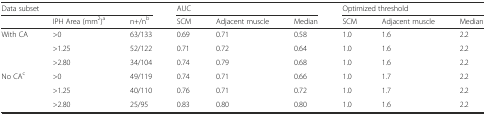
<table><thead><tr><td colspan="3"><b>Data subset</b></td><td colspan="3"><b>AUC</b></td><td colspan="3"><b>Optimized threshold</b></td></tr><tr><td></td><td><b>IPH Area (mm<sup>2</sup>)<sup>a</sup></b></td><td><b>n+/n<sup>b</sup></b></td><td><b>SCM</b></td><td><b>Adjacent muscle</b></td><td><b>Median</b></td><td><b>SCM</b></td><td><b>Adjacent muscle</b></td><td><b>Median</b></td></tr></thead><tbody><tr><td rowspan="3">With CA</td><td>&gt;0</td><td>63/133</td><td>0.69</td><td>0.71</td><td>0.58</td><td>1.0</td><td>1.6</td><td>2.2</td></tr><tr><td>&gt;1.25</td><td>52/122</td><td>0.71</td><td>0.72</td><td>0.64</td><td>1.0</td><td>1.6</td><td>2.2</td></tr><tr><td>&gt;2.80</td><td>34/104</td><td>0.74</td><td>0.79</td><td>0.68</td><td>1.0</td><td>1.6</td><td>2.2</td></tr><tr><td rowspan="3">No CA<sup>c</sup></td><td>&gt;0</td><td>49/119</td><td>0.74</td><td>0.71</td><td>0.66</td><td>1.0</td><td>1.7</td><td>2.2</td></tr><tr><td>&gt;1.25</td><td>40/110</td><td>0.76</td><td>0.71</td><td>0.72</td><td>1.0</td><td>1.7</td><td>2.2</td></tr><tr><td>&gt;2.80</td><td>25/95</td><td>0.83</td><td>0.80</td><td>0.80</td><td>1.0</td><td>1.6</td><td>2.2</td></tr></tbody></table>